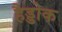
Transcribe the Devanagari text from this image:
हैड्डोक